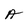
Character: A